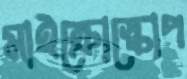
মাইক্রোস্কোপ